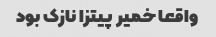
واقعا خمیر پیتزا نازک بود